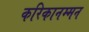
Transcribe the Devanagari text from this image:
करिकानम्मन